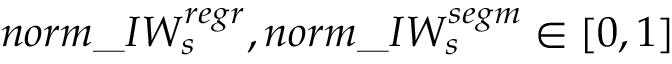
n o r m \_ I W _ { s } ^ { r e g r } , n o r m \_ I W _ { s } ^ { s e g m } \in [ 0 , 1 ]